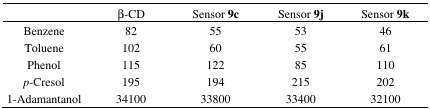
<table><thead><tr><td></td><td><b>β-CD</b></td><td><b>Sensor 9c</b></td><td><b>Sensor 9j</b></td><td><b>Sensor 9k</b></td></tr></thead><tbody><tr><td>Benzene</td><td>82</td><td>55</td><td>53</td><td>46</td></tr><tr><td>Toluene</td><td>102</td><td>60</td><td>55</td><td>61</td></tr><tr><td>Phenol</td><td>115</td><td>122</td><td>85</td><td>110</td></tr><tr><td><i>p</i>-Cresol</td><td>195</td><td>194</td><td>215</td><td>202</td></tr><tr><td>1-Adamantanol</td><td>34100</td><td>33800</td><td>33400</td><td>32100</td></tr></tbody></table>